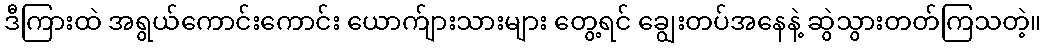
ဒီကြားထဲ အရွယ်ကောင်းကောင်း ယောက်ျားသားများ တွေ့ရင် ချွေးတပ်အနေနဲ့ ဆွဲသွားတတ်ကြသတဲ့။